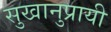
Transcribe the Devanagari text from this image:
सुखानुप्रायी